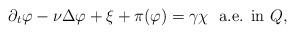
LaTeX: \begin{align*} \partial_t \varphi - \nu \Delta \varphi + \xi + \pi(\varphi) = \gamma \chi \ \ \textrm{a.e. in $Q$,}\end{align*}